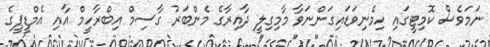
ނަމަވެސް ކޮމިޓީގައި ހިމެނިވަޑައިގަންނަވާ މާމިގިލީ ދާއިރާގެ މެންބަރު ގާސިމް އިބްރާހީމް އާއި އެމްޑީޕީގެ